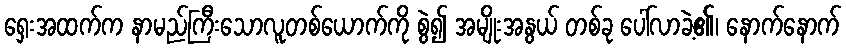
ရှေးအထက်က နာမည်ကြီးသောလူတစ်ယောက်ကို စွဲ၍ အမျိုးအနွယ် တစ်ခု ပေါ်လာခဲ့၏၊ နောက်နောက်